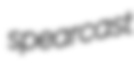
spearcast